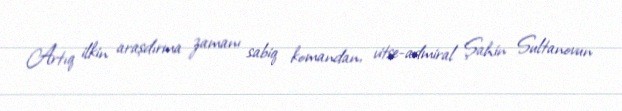
Artıq ilkin araşdırma zamanı sabiq komandan, vitse-admiral Şahin Sultanovun